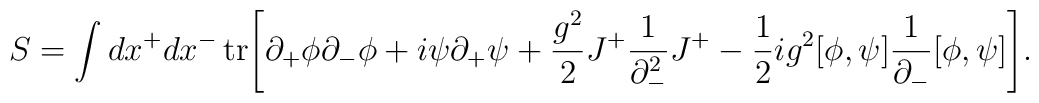
S = \int dx^{+}dx^{-} \, {\rm tr} \Bigg[  \partial_{+}\phi\partial_{-}\phi+i\psi\partial_{+}\psi +\frac{g^2}{2}J^{+}\frac{1}{\partial_{-}^{2}}J^{+}-\frac{1}{2}ig^2 [\phi,\psi]\frac{1}{\partial_{-}} [\phi,\psi] \Bigg].